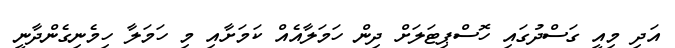
އަދި މިއީ ގަސްދުގައި ހޮސްޕިޓަލަށް ދިން ހަމަލާއެއް ކަމަށާއި މި ހަމަލާ ހިމެނިގެންދާނީ